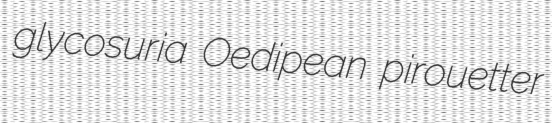
glycosuria Oedipean pirouetter